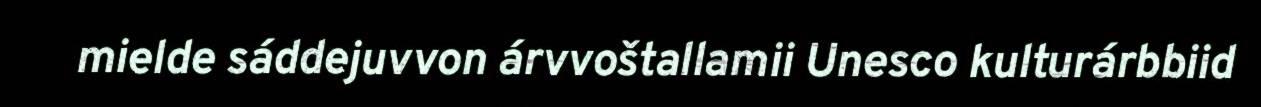
mielde sáddejuvvon árvvoštallamii Unesco kulturárbbiid